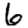
Digit: 6